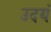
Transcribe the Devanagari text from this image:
उदयं